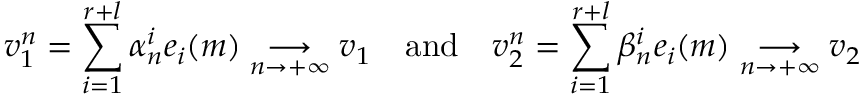
v _ { 1 } ^ { n } = \displaystyle { \sum _ { i = 1 } ^ { r + l } \alpha _ { n } ^ { i } e _ { i } ( m ) } \underset { n \to + \infty } { \longrightarrow } v _ { 1 } \quad \mathrm { a n d } \quad v _ { 2 } ^ { n } = \displaystyle { \sum _ { i = 1 } ^ { r + l } \beta _ { n } ^ { i } e _ { i } ( m ) } \underset { n \to + \infty } { \longrightarrow } v _ { 2 }